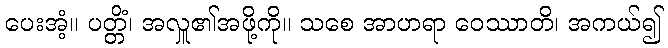
ပေးအံ့။ ပတ္တိံ၊ အလှူ၏အဖို့ကို။ သစေ အာဟရာ ဝေဿာတိ၊ အကယ်၍